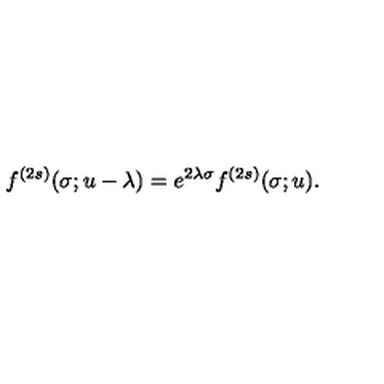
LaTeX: f ^ { ( 2 s ) } ( \sigma ; u - \lambda ) = e ^ { 2 \lambda \sigma } f ^ { ( 2 s ) } ( \sigma ; u ) .